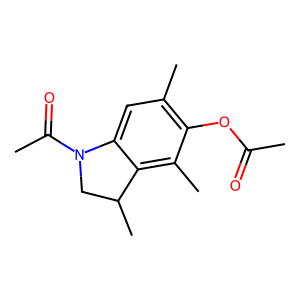
SMILES: CC(=O)Oc1c(C)cc2c(c1C)C(C)CN2C(C)=O
Inhibits HIV replication: No